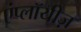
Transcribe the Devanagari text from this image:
एंप्लॉयीज़